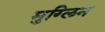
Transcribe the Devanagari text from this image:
मुग्लिन